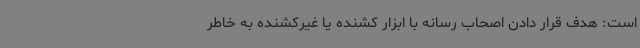
است: هدف قرار دادن اصحاب رسانه با ابزار کشنده یا غیرکشنده به خاطر